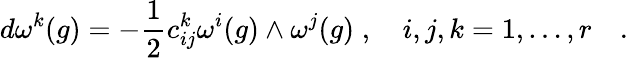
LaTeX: d\omega^{k}(g)=-\frac{1}{2}c_{ij}^{k}\omega^{i}(g)\wedge\omega^{j}(g)\; ,\quad i,j,k=1,\ldots,r\quad.